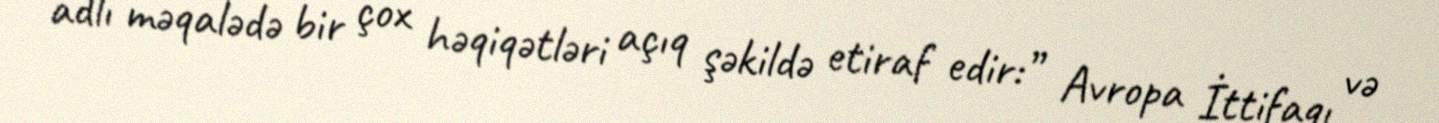
adlı məqalədə bir çox həqiqətləri açıq şəkildə etiraf edir:” Avropa İttifaqı və